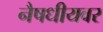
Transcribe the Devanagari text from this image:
नैषधीयवर